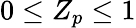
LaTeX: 0\leq Z_{p}\leq 1